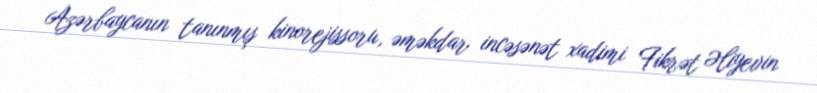
Azərbaycanın tanınmış kinorejissoru, əməkdar incəsənət xadimi Fikrət Əliyevin